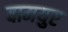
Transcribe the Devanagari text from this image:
वामयुप्ट